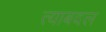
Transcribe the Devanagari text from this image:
त्याबदल